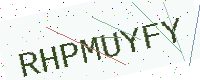
Text: RHPMUYFY